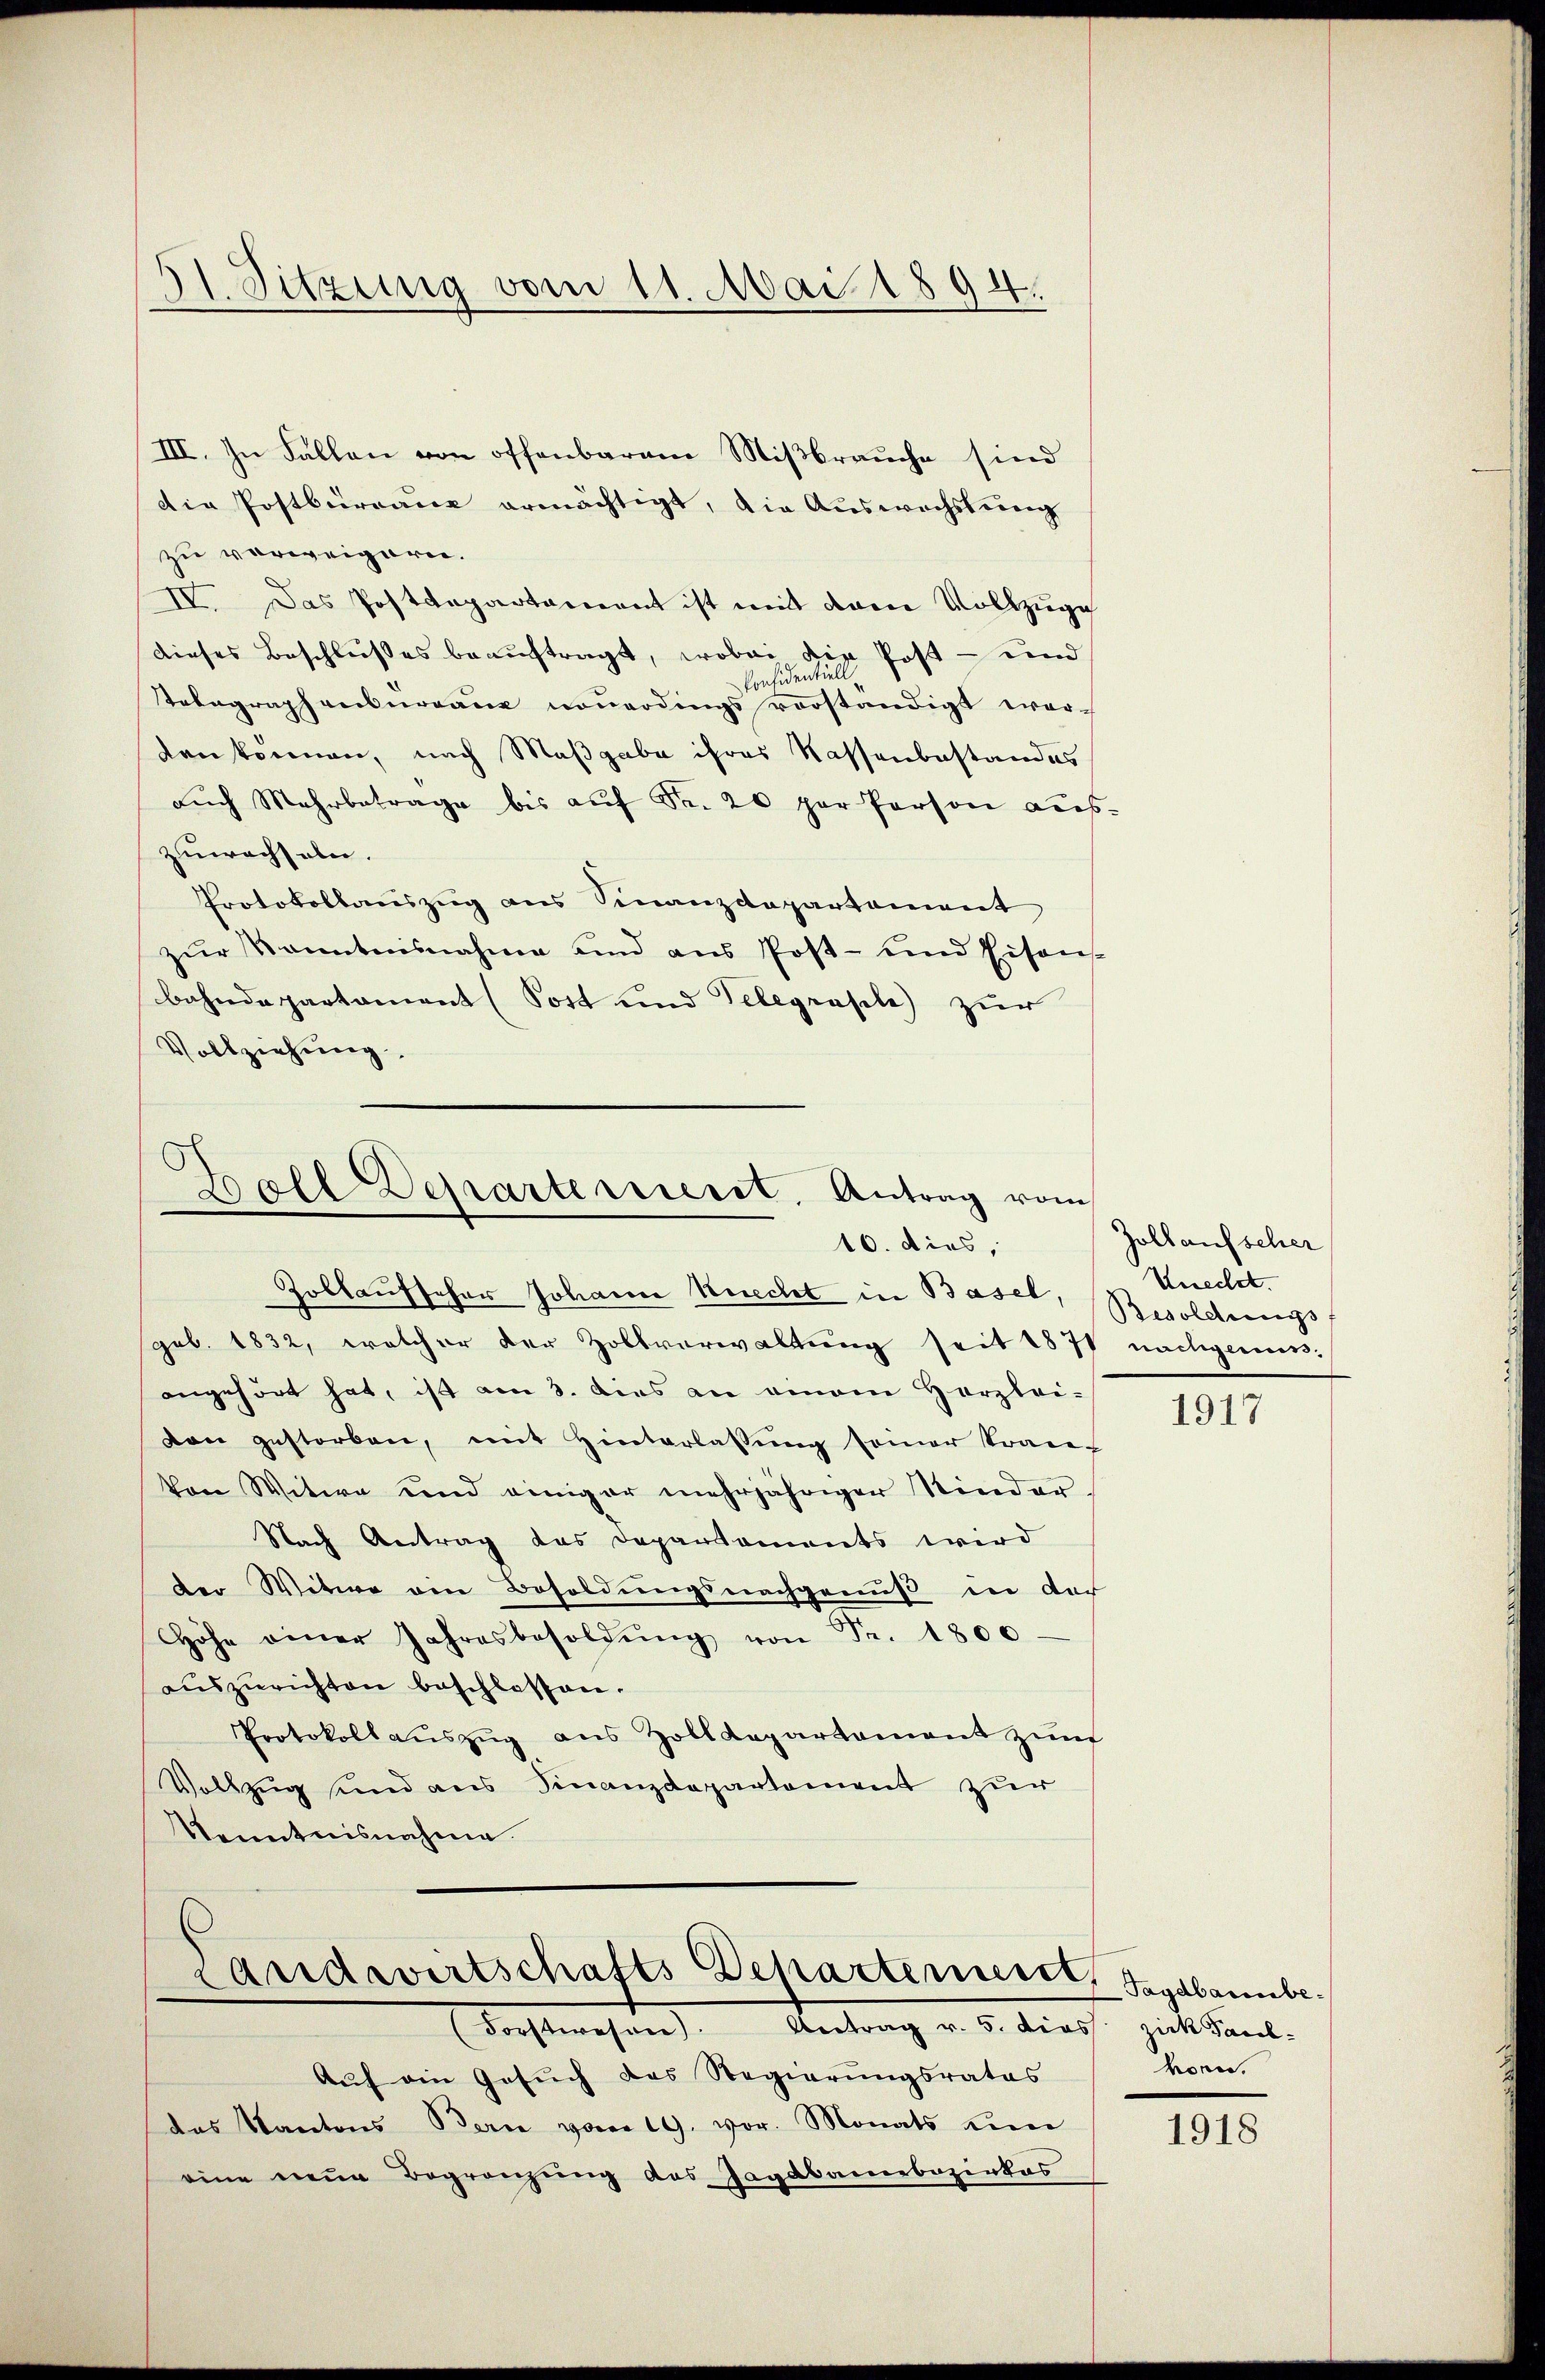
I Sitzung vom 11. Mai 1894.

III. In Fallen von offenbarem Mißbrauche sind
die Postbürraue ermächtigt, die Auswechstung
zu verweigern.
IV. Das Postdepartament ist mit deren Vollzuge
dieses Beschlußes beauftragt, wobei die Post- und
Ponsidentiell,
Telegraphenburgau nouerdings vorständigt wor-
Kenkönnen, nach Maßgabe ihres Nassenbestandes
aŭch Mehrbetrage bis aŭf Fr. 20 per Person aus-
zuwachseln.
Protokollauszug aus Finanzdepartement
zŭr Kenntnisnahme und ans Post- und Eisens
bahndepartament (Sott und Telegrasile) zur
Vollziehung.

Ball Departerrieret. Antrag vom
16. dies,

Zoblaufscher Johann Knecht in Basel, Besoldungs
gob. 1832, welcher der Zollverwaltung seit 1874 nachgenuss-
angehört hat, ist am 3. dies an einem Herzlei-
von gestorben, mit Hinterlassŭng seiner tran-
von Witwe und einiger mehrjähriger Stinder
Nach Antrag das Departements wird
der Witwe ein Besoldungsnachgenuß in der
Höhe einer Jahresbesoldŭng von Fr. 1800.
auszurichten beschlossen.
Protokollaŭszŭg ans Zolldepartament zŭm
Vollzug sind aus Finanzdepartement zur
Kenntnisnahme.

Landwirtschafts Departemeist, Sagabannbedacht mehren. Antrag v. 5. dass siche Sand,

Zollaufscher
Knecht.

Auf ein Gesuch das Regierungsrates
das Kantons Bern vom 19. vor. Monats um
eine neue Begränzung das Jagdbamebozerkas

1917

honn.

1918